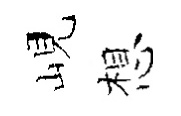
峴想